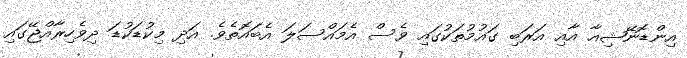
އިންޑޮނޭޝިއާ އާއި އަރަބި ގައުމުތަކުގައި ވެސް އެމައްސަލަ އެބައޮތެވެ. އަދި މިކުޑަކުޑަ ދިވެހިރާއްޖޭގައި